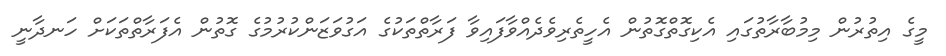
މީގެ އިތުރުން މިމުބާރާތުގައި އެކިގޮތްގޮތުން އެހީތެރިވެދެއްވާފައިވާ ފަރާތްތަކުގެ އަގުވަޒަންކުރުމުގެ ގޮތުން އެފަރާތްތަކަށް ހަނދާނީ